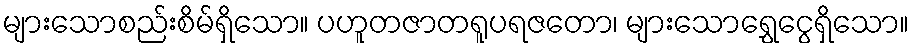
များသောစည်းစိမ်ရှိသော။ ပဟူတဇာတရူပရဇတော၊ များသောရွှေငွေရှိသော။